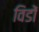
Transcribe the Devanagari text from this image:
विडों